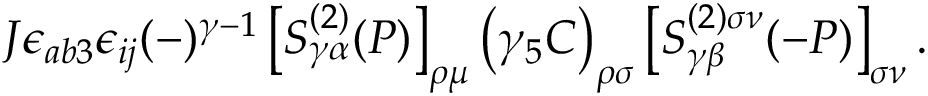
J \epsilon _ { a b 3 } \epsilon _ { i j } ( - ) ^ { \gamma - 1 } \left[ S _ { \gamma \alpha } ^ { ( 2 ) } ( P ) \right] _ { \rho \mu } \left( \gamma _ { 5 } C \right) _ { \rho \sigma } \left[ S _ { \gamma \beta } ^ { ( 2 ) \sigma \nu } ( - P ) \right] _ { \sigma \nu } .